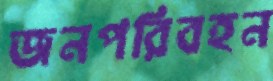
জনপরিবহন